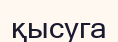
қысуга